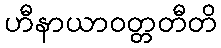
ဟီနာယာဝတ္တတီတိ